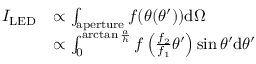
\begin{array} { r l } { I _ { \mathrm { L E D } } } & { \propto \int _ { \mathrm { a p e r t u r e } } f ( \theta ( \theta ^ { \prime } ) ) \mathrm { d } \Omega } \\ & { \propto \int _ { 0 } ^ { \arctan { \frac { a } { h } } } f \left( \frac { f _ { 2 } } { f _ { 1 } } \theta ^ { \prime } \right) \sin \theta ^ { \prime } \mathrm { d } \theta ^ { \prime } } \end{array}